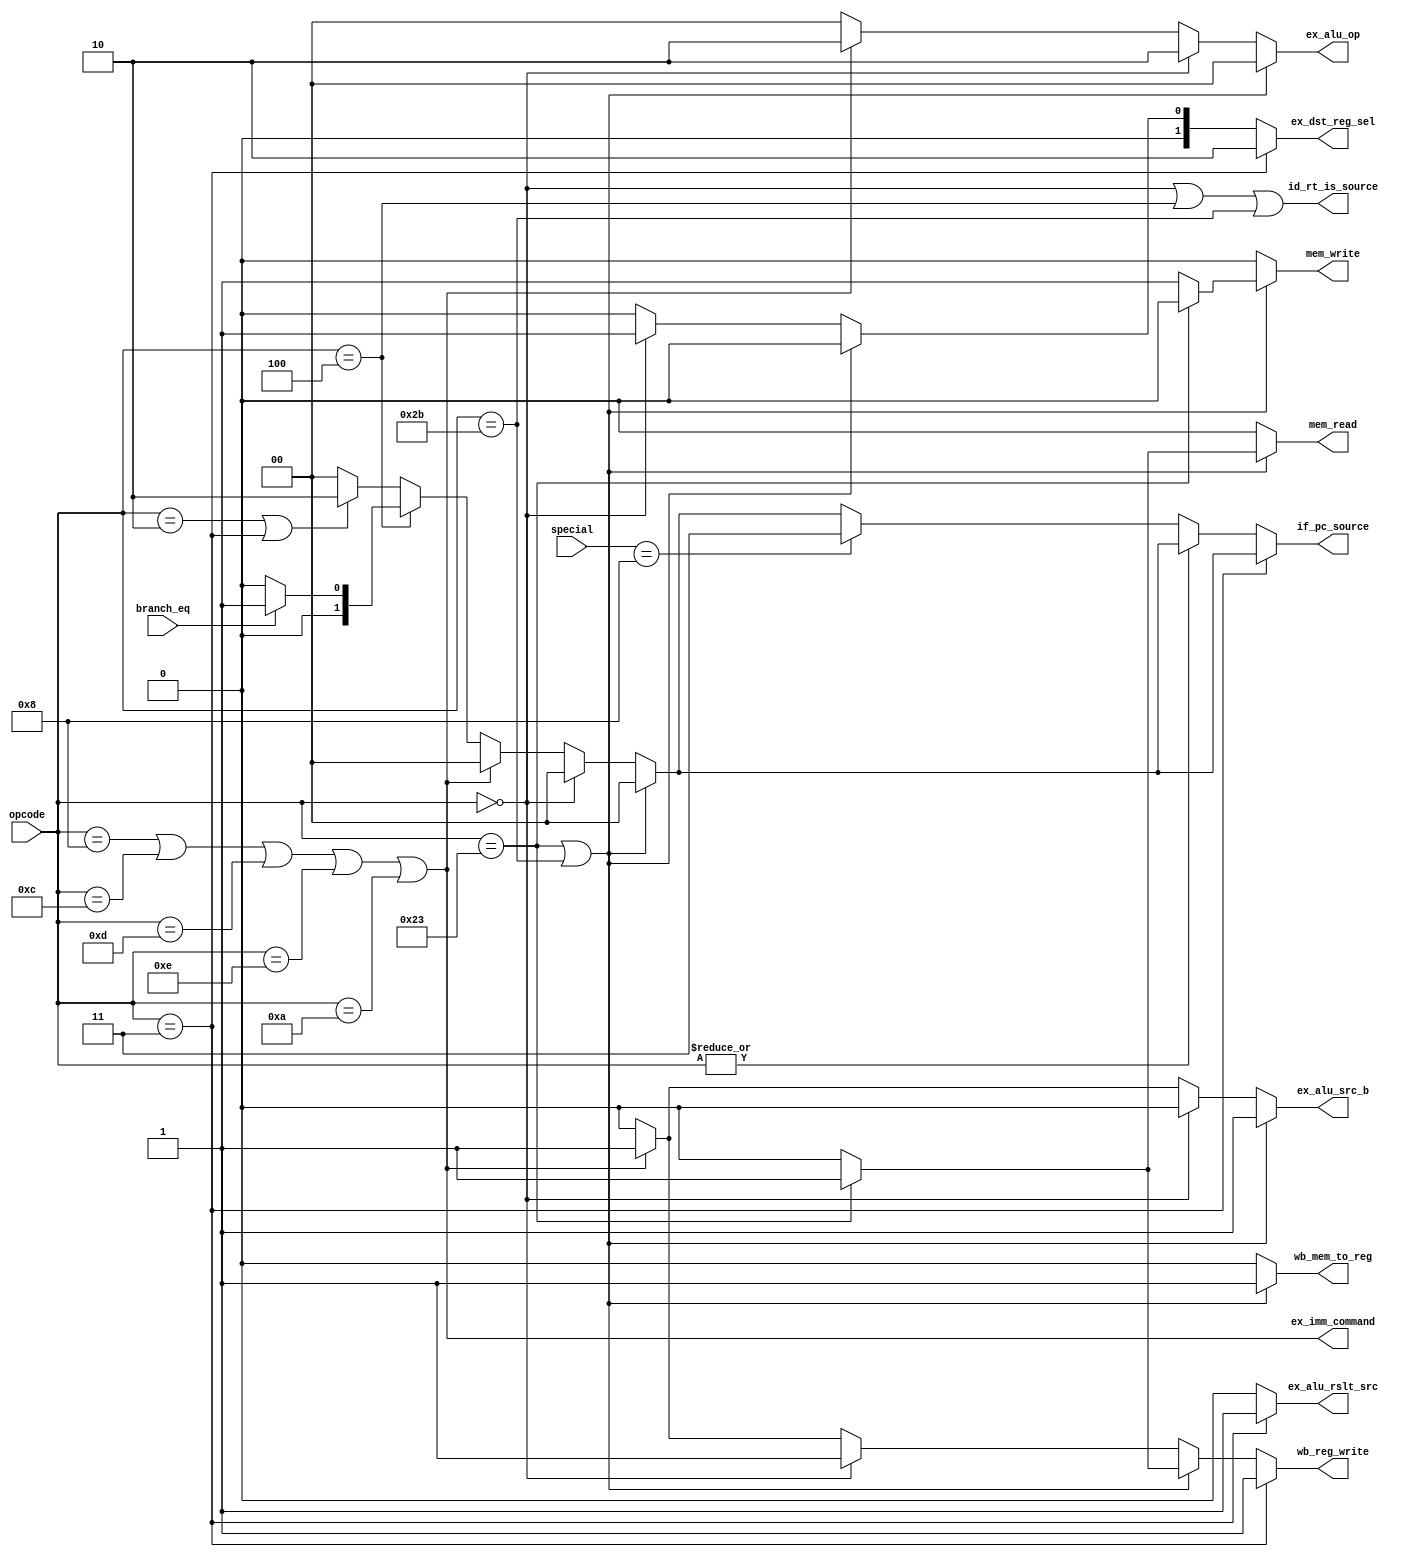
module control( input [5:0]      opcode,
			 input [5:0]      special,
                input            branch_eq,       // result of comparison for conditional branch

                output reg [1:0] if_pc_source,
                output           id_rt_is_source, // rt is source

                output           ex_imm_command,
                output reg       ex_alu_src_b,
			 output reg       ex_alu_rslt_src, // ? PC + 8 : alu_result => EX_MEM_alu_rslt
                output reg [1:0] ex_dst_reg_sel,
                output reg [1:0] ex_alu_op,
                output reg       mem_read,
                output reg       mem_write,
                output reg       wb_mem_to_reg,
                output reg       wb_reg_write );

     //opcodes
     localparam     LW    = 6'b100011, 
                    SW    = 6'b101011, 
                    BEQ   = 6'b000100, 
                    RTYPE = 6'b000000, 
                    J     = 6'b000010,
                    JAL   = 6'b000011,						
                    ADDI  = 6'b001000, 	
                    ANDI  = 6'b001100, 
                    ORI   = 6'b001101, 
                    XORI  = 6'b001110, 
                    SLTI  = 6'b001010,
				
	//special
                    JR    = 6'b001000;	
     //--------------------------------
   
     reg memory_op;
     reg r_type_op;
     reg immediate_op;
     reg branch_op;
     reg jump_op;
   
     assign ex_imm_command = immediate_op;
     assign id_rt_is_source = (r_type_op | branch_op | opcode == SW);
                         
     always @* begin
     //default values
          if_pc_source    = 0;
          ex_alu_src_b  	 = 0;
		ex_alu_rslt_src = 0;
          ex_dst_reg_sel  = 0;
          ex_alu_op       = 0;
          mem_read        = 0;
          mem_write       = 0;
          wb_mem_to_reg   = 0;
          wb_reg_write    = 0;

          memory_op    = ( (opcode == LW) | (opcode == SW) );
          r_type_op    = ( opcode == RTYPE );
          branch_op    = ( opcode == BEQ );
          immediate_op = ( (opcode == ADDI) | (opcode == ANDI) | (opcode == ORI) | (opcode == XORI) | (opcode == SLTI) );
          jump_op      = ( (opcode == J) | (opcode == JAL));
        
          if (memory_op) begin
               ex_alu_src_b   = 1'b1;  // select sign_extend_offset input
               ex_dst_reg_sel = 2'b00; // rt
               ex_alu_op      = 2'b00; // add op
               wb_mem_to_reg  = 1'b1;  // select mem_out
           
               if ( opcode == LW ) begin
                    mem_read = 1'b1;
                    wb_reg_write = 1'b1;              
               end
               else 
                    mem_write = 1'b1;       // opcode == SW 
          end
          else if (r_type_op) begin
               ex_alu_src_b = 1'b0;    // select B input
               ex_dst_reg_sel = 2'b01; // rd
               ex_alu_op = 2'b10;      // operaction defined by func code
           
               wb_mem_to_reg = 1'b0;   // alu_out
               wb_reg_write  = 1'b1;   // write result to regfile           
          end
          else if (immediate_op) begin
               ex_alu_src_b = 1'b1;    // select sign_extend_offset input
               ex_dst_reg_sel = 2'b00; // rt
               ex_alu_op = 2'b10;      // operation defined by function code

               wb_mem_to_reg = 1'b0;   // alu_out
               wb_reg_write = 1'b1;           
          end
          else if (branch_op) begin
               if (branch_eq) 
                    if_pc_source = 2'b01; // PC <= branch_addr
               else 
                    if_pc_source = 2'b00;
           
          end
          else if (jump_op)
               if_pc_source = 2'b10;  // PC <= jump_addr
			if( opcode == JAL ) begin
				ex_dst_reg_sel = 2'b10;
				ex_alu_rslt_src = 1'b1;	// EX_MEM_alu_result <= PC + 8 
				
				wb_reg_write  = 1'b1;
			end
          else if (~|opcode) begin
			if(special == JR) begin
				if_pc_source = 2'b11;
			end
			else begin
				//NOP
			end
          end
		else begin
			//NOP
		end
     end
   
endmodule